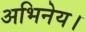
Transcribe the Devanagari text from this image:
अभिनेय।